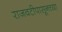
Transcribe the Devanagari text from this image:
राजवटीपासूनच्या